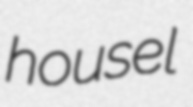
housel